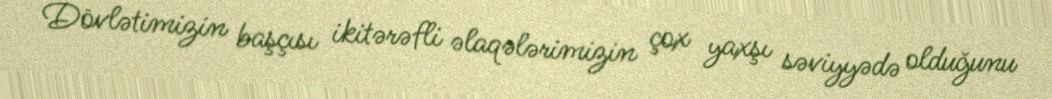
Dövlətimizin başçısı ikitərəfli əlaqələrimizin çox yaxşı səviyyədə olduğunu